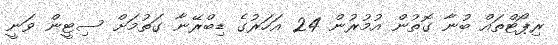
ރިޕޯޓްތައް ބުނާ ގޮތުން އުމުރުން 24 އަހަރުގެ ޑިބްރޭނާ ގަތުމަށް ސިޓީން ވަނީ